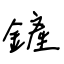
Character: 鏟